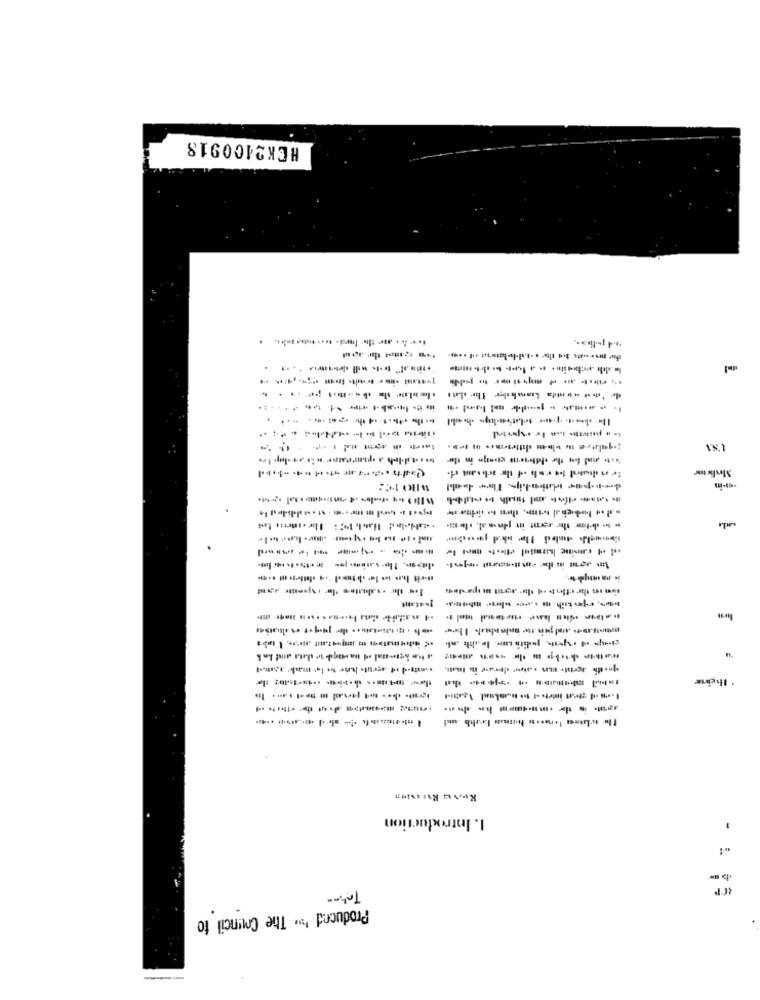
HCK2400918
l'x1
Malime
despar Haiship. The ball
1-45.01
----- - --
Ihgive
1. 1
,
Takna
Produced '>> The Council to
---